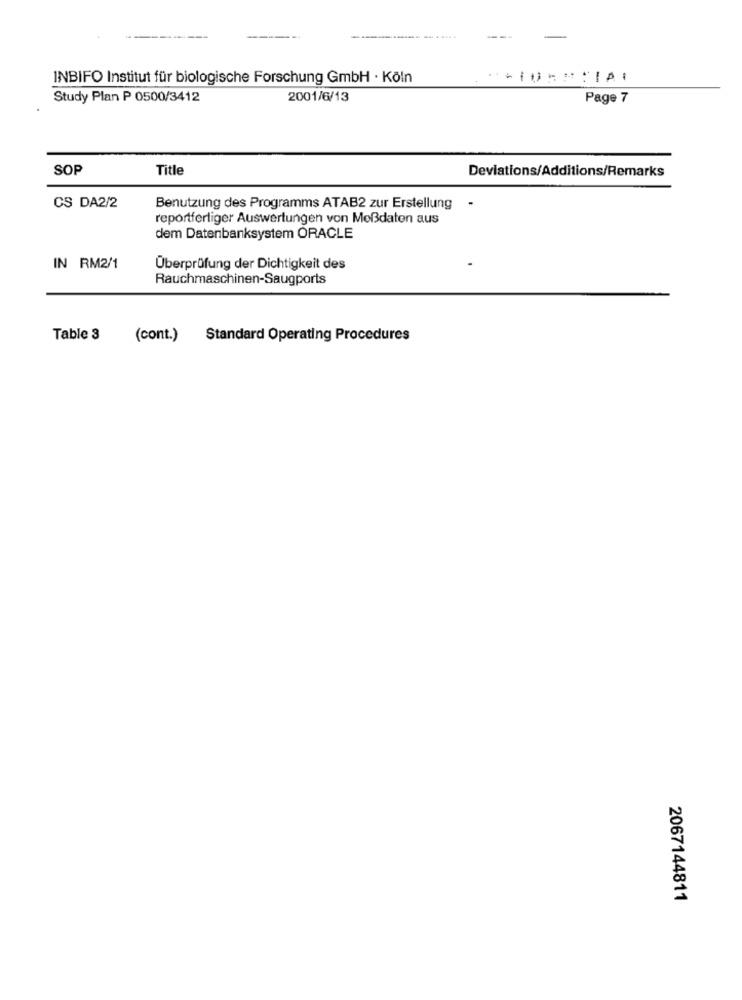
INBIFO Institut für biologische Forschung GmbH · Köln
Study Plan P 0500/3412
2001/6/13
Page 7
SOP
Title
Deviations/Additions/Remarks
CS DA2/2
Benutzung des Programms ATAB2 zur Erstellung -
reportfertiger Auswertungen von Moßdaten aus
dem Datenbanksystem ORACLE
IN RM2/1
Überprüfung der Dichtigkeit des
Rauchmaschinen-Saugports
Table 3
(cont.)
Standard Operating Procedures
2067144811